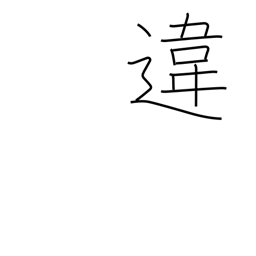
Meaning: difference